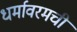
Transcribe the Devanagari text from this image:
धर्मावरमची